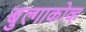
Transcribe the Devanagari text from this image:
बुल्गाकोव्ह